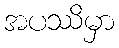
အပဿိမှာ